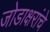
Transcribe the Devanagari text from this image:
जोडाक्षरांचे